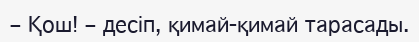
– Қош! – десіп, қимай-қимай тарасады.